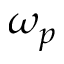
\omega _ { p }